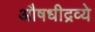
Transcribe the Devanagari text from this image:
औषधीद्रव्ये